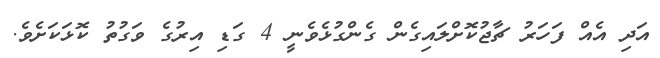
އަދި އެއް ފަހަރު ޗާޖުކޮށްލައިގެން ގެންގުޅެވެނީ 4 ގަޑި އިރުގެ ވަގުތު ކޮޅަކަށެވެ.